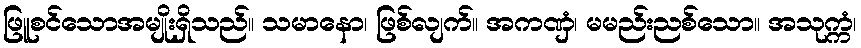
ဖြူစင်သောအမျိုးရှိသည်။ သမာနော၊ ဖြစ်လျက်။ အကဏှံ၊ မမည်းညစ်သော။ အသုက္ကံ၊